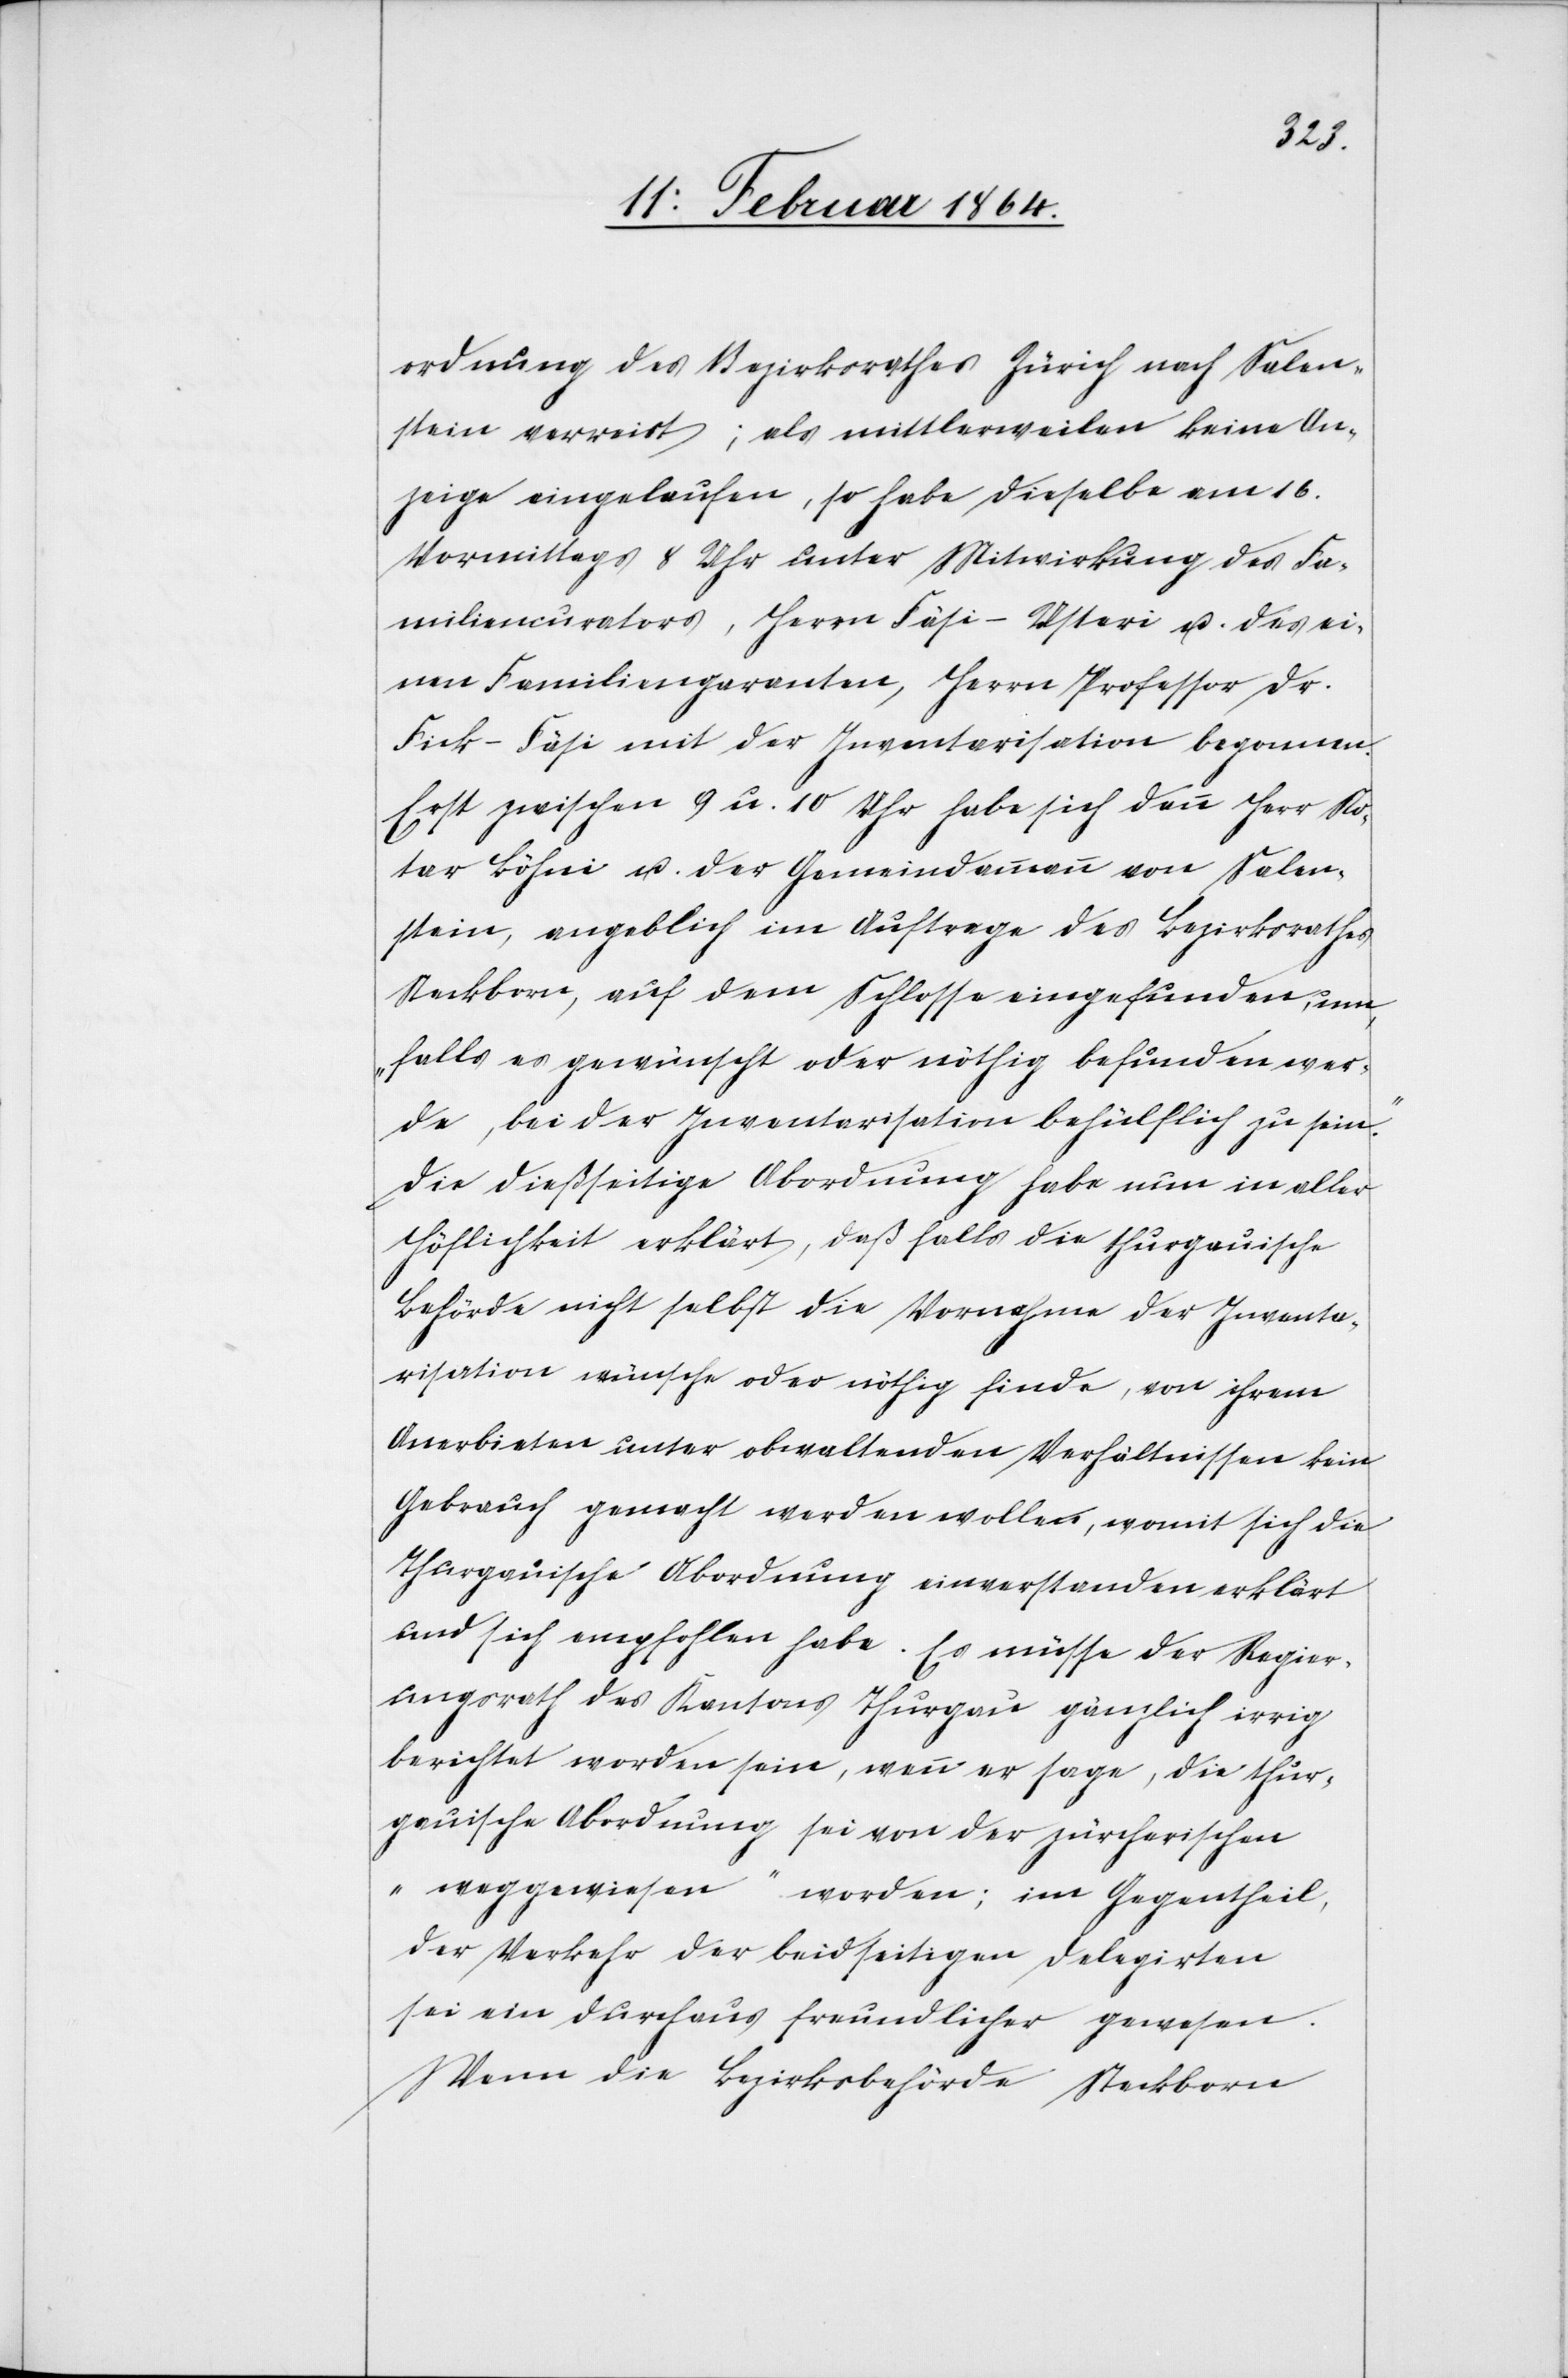
ordnung des Bezirksrathes Zürich nach Salen¬
stein verreist; als mittlerweilen keine An¬
zeige eingelaufen, so habe dieselbe am 16.
Vormittags 8 Uhr unter Mitwirkung des Fa¬
miliencurators, Herrn Fäsi-Usteri u. des ei¬
nen Familiengaranten, Herrn Professor Dr.
Fick-Fäsi mit der Inventarisation begonnen.
Erst zwischen 9 u. 10 Uhr habe sich dann Herr No¬
tar Höhni u. der Gemeindamman von Salen¬
stein, angeblich im Auftrage des Bezirksrathes
Steckborn, auf dem Schlosse eingefunden, um
„falls es gewünscht oder nöthig befunden wer¬
de, bei der Inventarisation behülflich zu sein“.
Die dießseitige Abordnung habe nun in aller
Höflichkeit erklärt, daß falls die thurgauische
Behörde nicht selbst die Vornahme der Inventa¬
risation wünsche oder nöthig finde, von ihrem
Anerbieten unter obwaltenden Verhältnissen kein
Gebrauch gemacht werden wolle, womit sich die
Thurgauische Abordnung einverstanden erklärt
und sich empfohlen habe. Es müsse der Regier¬
ungsrath des Kantons Thurgau gänzlich irrig
berichtet worden sein, wenn er sage, die thur¬
gauische Abordnung sei von der zürcherischen
„weggewiesen“ worden; im Gegentheil,
der Verkehr der beidseitigen Delegirten
sei ein durchaus freundlicher gewesen.
Wenn die Bezirksbehörde Steckborn